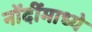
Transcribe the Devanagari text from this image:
नोंदींमाध्ये